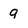
Character: 9